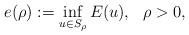
LaTeX: \begin{align*}e(\rho):=\inf_{u\in S_{\rho}}E(u),\ \ \rho>0,\end{align*}